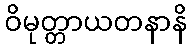
ဝိမုတ္တာယတနာနိ